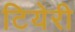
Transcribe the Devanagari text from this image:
टियेरी